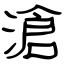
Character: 滄